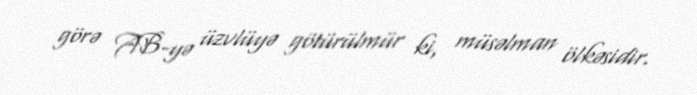
görə AB-yə üzvlüyə götürülmür ki, müsəlman ölkəsidir.